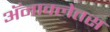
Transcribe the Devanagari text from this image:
अॅनाक्लेतस